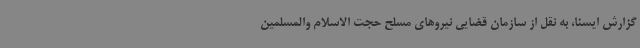
گزارش ایسنا، به نقل از سازمان قضایی نیروهای مسلح حجت الاسلام والمسلمین